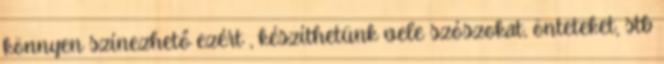
könnyen színezhető ezért , készíthetünk vele szószokat, önteteket, stb